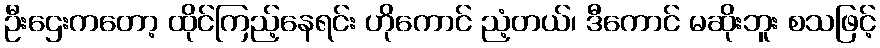
ဦးဌေးကတော့ ထိုင်ကြည့်နေရင်း ဟိုကောင် ညံ့တယ်၊ ဒီကောင် မဆိုးဘူး စသဖြင့်